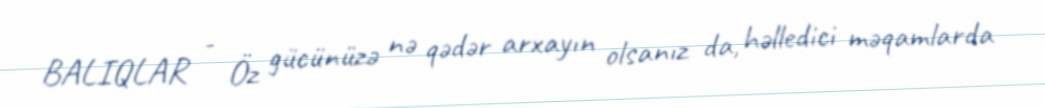
BALIQLAR - Öz gücünüzə nə qədər arxayın olsanız da, həlledici məqamlarda